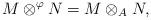
LaTeX: \begin{align*}M\otimes^\varphi N = M\otimes_A N,\end{align*}